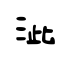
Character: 泚